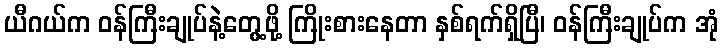
ယီဂယ်က ဝန်ကြီးချုပ်နဲ့တွေ့ဖို့ ကြိုးစားနေတာ နှစ်ရက်ရှိပြီ၊ ဝန်ကြီးချုပ်က အုံ